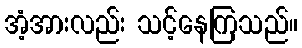
အံ့အားလည်း သင့်နေကြသည်။